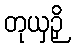
တုယှဉှိ